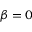
\beta = 0